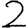
Digit: 2